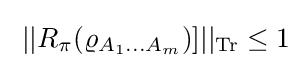
\;||R_{\pi }(\varrho _{A_{1}\ldots A_{m}})]||_{\operatorname {Tr} }\leq 1